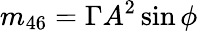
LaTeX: m_{46}=\Gamma A^{2}\sin\phi